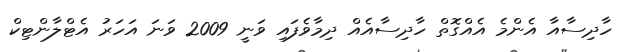
ހާދިސާއާ އެންމެ އެއްގޮތް ހާދިސާއެއް ދިމާވެފައި ވަނީ 2009 ވަނަ އަހަރު އެޓްލާންޓިކް